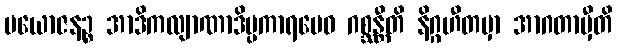
ပယောဇနဉ္စ အာဒိကလျာဏာဒိပ္ပကာရမေဝ ဂစ္ဆန္တီတိ နိဂ္ဂဟီတမှာ အာဂတာမှီတိ